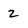
Character: 2